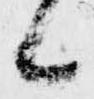
候